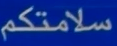
سلامتكم